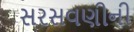
સરસવણીની